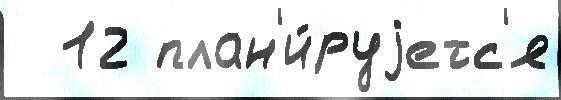
  12 план'и́руjетс'я